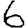
Digit: 6